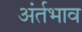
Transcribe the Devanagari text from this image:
अंर्तभाव